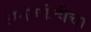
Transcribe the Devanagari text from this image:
अनंतफंदीचा